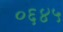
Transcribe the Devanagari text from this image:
०६४५